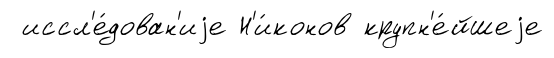
иссл'е́дован'иjе Н'и́конов крупн'е́йшеjе